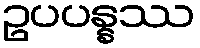
ဥပပန္နဿ